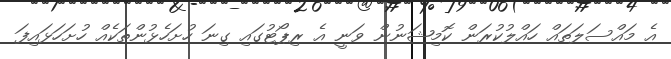
އެ މައްސަލަތައް ހައްލުކުރަން ކޮމިޝަނުން ވަނީ އެ ރިޕޯޓުގައި ގިނަ ހުށަހެޅުންތަކެއް ހުށަހަޅައިފަ